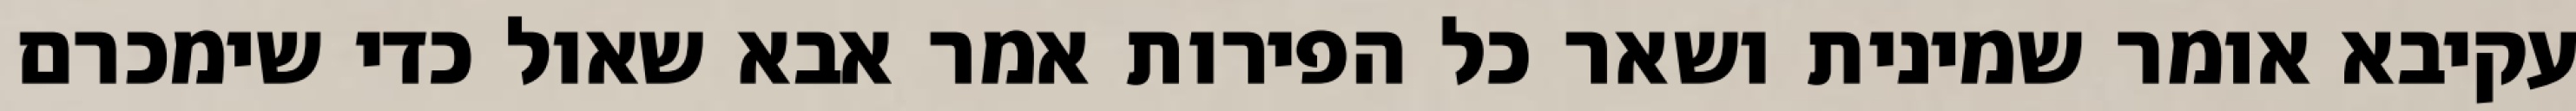
עקיבא אומר שמינית ושאר כל הפירות אמר אבא שאול כדי שימכרם